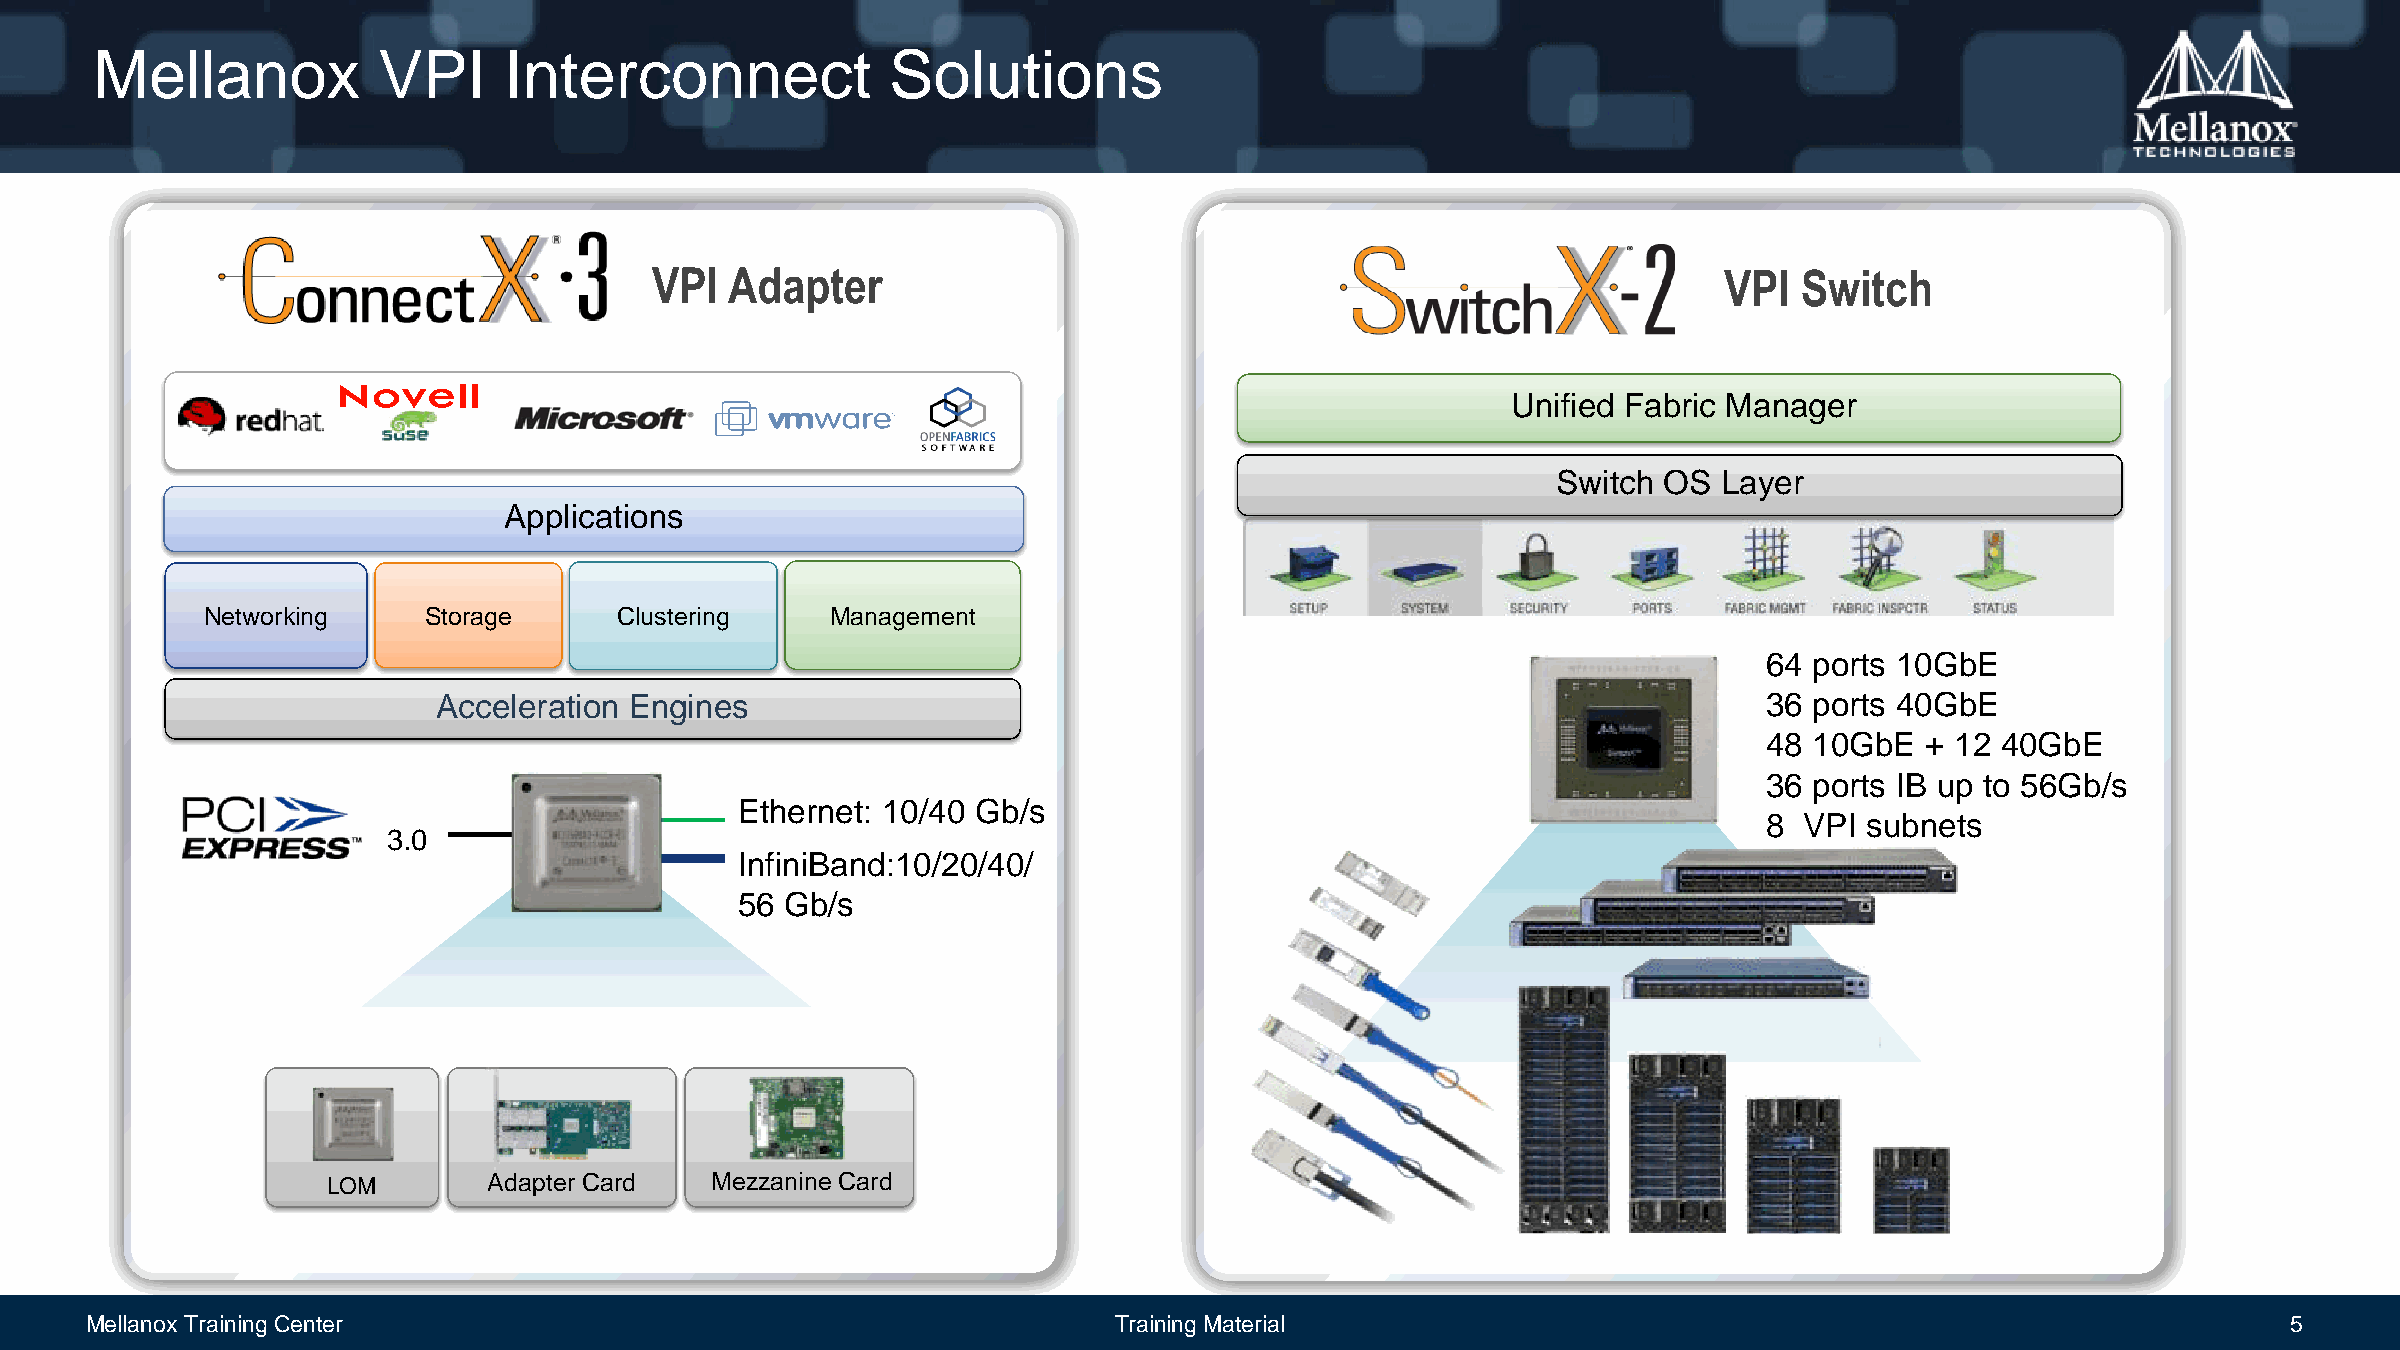
Mellanox           VPI     Interconnect              Solutions
 VPI  Adapter                                                           VPI  Switch
 Unified Fabric Manager
 Switch OS  Layer
 Applications
 Networking     Storage      Clustering    Management
 64 ports 10GbE
 Acceleration Engines                                                                    36 ports 40GbE
 48 10GbE  + 12 40GbE
 36 ports IB up to 56Gb/s
 Ethernet: 10/40 Gb/s
 8 VPI  subnets
 3.0
 InfiniBand:10/20/40/
 56 Gb/s
 LOM       Adapter Card   Mezzanine Card
 Mellanox Training Center                                            Training Material                                                             5